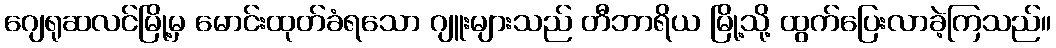
ဂျေရုဆလင်မြို့မှ မောင်းထုတ်ခံရသော ဂျူးများသည် တီဘာရိယ မြို့သို့ ထွက်ပြေးလာခဲ့ကြသည်။